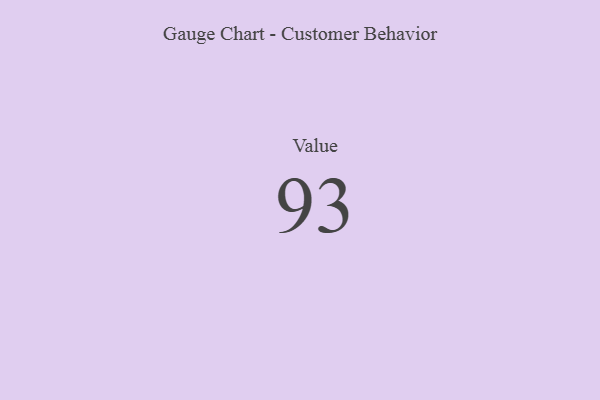
{"axis": {"x": "Metric", "y": "Value"}, "legend": [""], "data": [{"x": "Value", "y": 93, "type": ""}]}